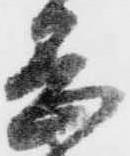
岡